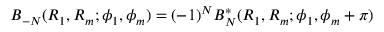
B _ { - N } ( R _ { 1 } , R _ { m } ; \phi _ { 1 } , \phi _ { m } ) = ( - 1 ) ^ { N } B _ { N } ^ { \mathrm { * } } ( R _ { 1 } , R _ { m } ; \phi _ { 1 } , \phi _ { m } + \pi )